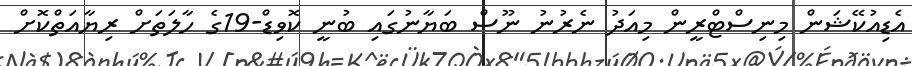
އެޑިއުކޭޝަން މިނިސްޓްރީން މިއަދު ނެރުނު ނޫސް ބަޔާނުގައި ބުނީ ކޮވިޑް-19ގެ ހާލަތަށް ރިޔާއަތްކޮށް